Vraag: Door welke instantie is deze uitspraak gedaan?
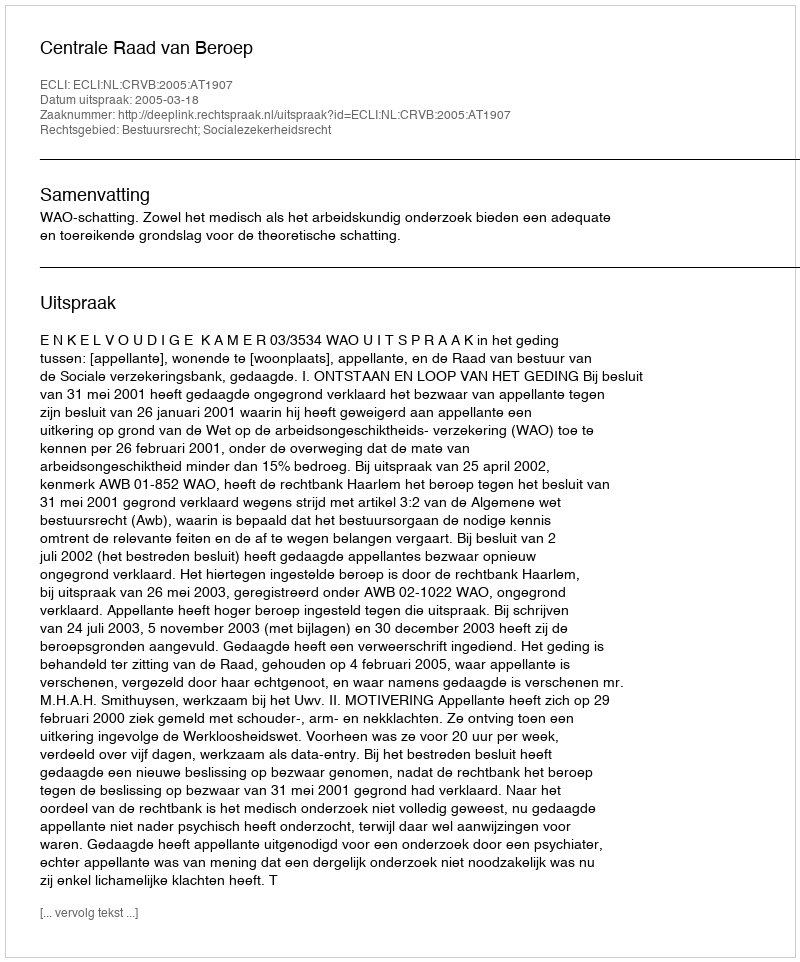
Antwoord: Centrale Raad van Beroep